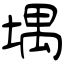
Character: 堣